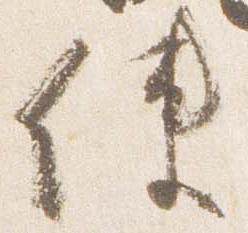
使